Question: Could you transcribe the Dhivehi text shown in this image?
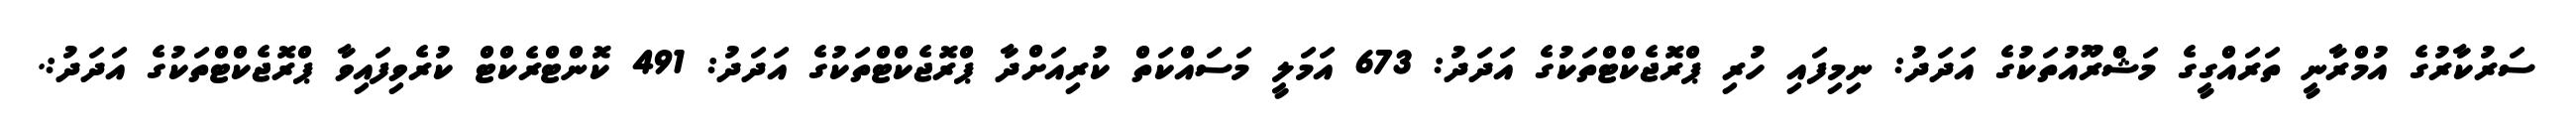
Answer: ސަރުކާރުގެ އުމްރާނީ ތަރައްގީގެ މަޝްރޫއުތަކުގެ އަދަދު: ނިމިފައި ހުރި ޕްރޮޖެކްޓްތަކުގެ އަދަދު: 673 އަމަލީ މަސައްކަތް ކުރިއަށްދާ ޕްރޮޖެކްޓްތަކުގެ އަދަދު: 491 ކޮންޓްރެކްޓް ކުރެވިފައިވާ ޕްރޮޖެކްޓްތަކުގެ އަދަދު:.